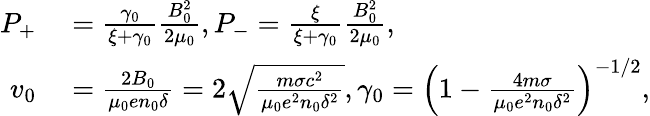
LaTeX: \begin{array}{rl}{P_{+}}&{{}=\frac{\gamma_{0}}{\xi+\gamma_{0}}\frac{B_{0}^{2}}{2\mu_{0}},P_{-}=\frac{\xi}{\xi+\gamma_{0}}\frac{B_{0}^{2}}{2\mu_{0}},}\\ {v_{0}}&{{}=\frac{2B_{0}}{\mu_{0}en_{0}\delta}=2\sqrt{\frac{m\sigma c^{2}}{\mu_{0}e^{2}n_{0}\delta^{2}}},\gamma_{0}=\left(1-\frac{4m\sigma}{\mu_{0}e^{2}n_{0}\delta^{2}}\right)^{-1/2},}\end{array}